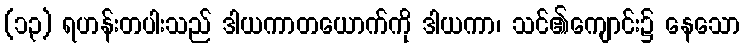
(၁၃) ရဟန်းတပါးသည် ဒါယကာတယောက်ကို ဒါယကာ၊ သင်၏ကျောင်း၌ နေသော